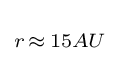
\scriptstyle r\,\approx \,15AU